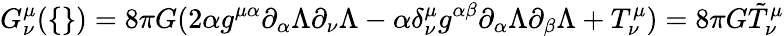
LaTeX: G_{\nu}^{\mu}(\{ \} )=8\pi G(2\alpha g^{\mu\alpha}\partial_{\alpha}\Lambda\partial_{\nu}\Lambda-\alpha\delta_{\nu}^{\mu}g^{\alpha\beta}\partial_{\alpha}\Lambda\partial_{\beta}\Lambda+T_{\nu}^{\mu})=8\pi G\tilde{T}_{\nu}^{\mu}